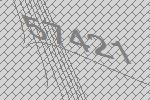
57421